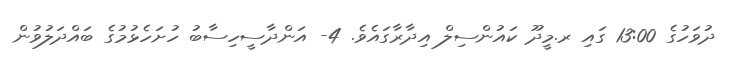
ދުވަހުގެ 13:00 ގައި ރ.މީދޫ ކައުންސިލް އިދާރާގައެވެ. 4- އަންދާސީހިސާބު ހުށަހެޅުމުގެ ބައްދަލުވުން